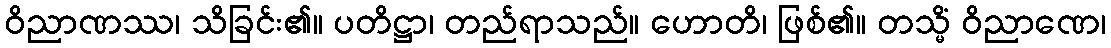
ဝိညာဏဿ၊ သိခြင်း၏။ ပတိဋ္ဌာ၊ တည်ရာသည်။ ဟောတိ၊ ဖြစ်၏။ တသ္မိံ ဝိညာဏေ၊